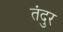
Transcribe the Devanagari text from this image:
तंदुर